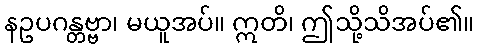
နဥပဂန္တဗ္ဗာ၊ မယူအပ်။ ဣတိ၊ ဤသို့သိအပ်၏။